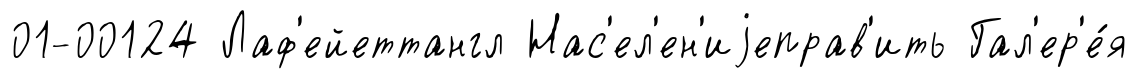
01-00124 Лаф'ейеттангл Нас'ел'ен'иjеправ'ить Гал'ер'е́я